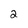
Character: 2